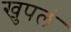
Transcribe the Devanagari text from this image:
खुपलं